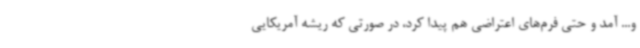
و... آمد و حتی فرم‌های اعتراضی هم پیدا کرد، در صورتی که ریشه آمریکایی